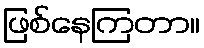
ဖြစ်နေကြတာ။